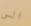
الى